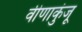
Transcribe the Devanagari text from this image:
वीणाकुंजू